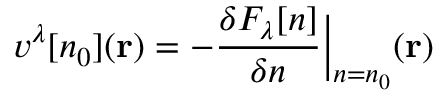
v ^ { \lambda } [ n _ { 0 } ] ( \mathbf { r } ) = - \frac { \delta F _ { \lambda } [ n ] } { \delta n } \Big | _ { n = n _ { 0 } } ( \mathbf { r } )